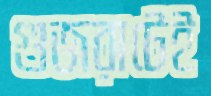
গুজরাটেই